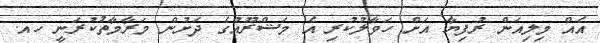
އެއް މިލިއަން ރުފިޔާ އަށް ހަވާލުކުރި އެ މަޝްރޫއުގެ ދަށުން މަރާމާތުކުރަނީ ހއ.